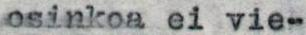
osinkoa ei vie-